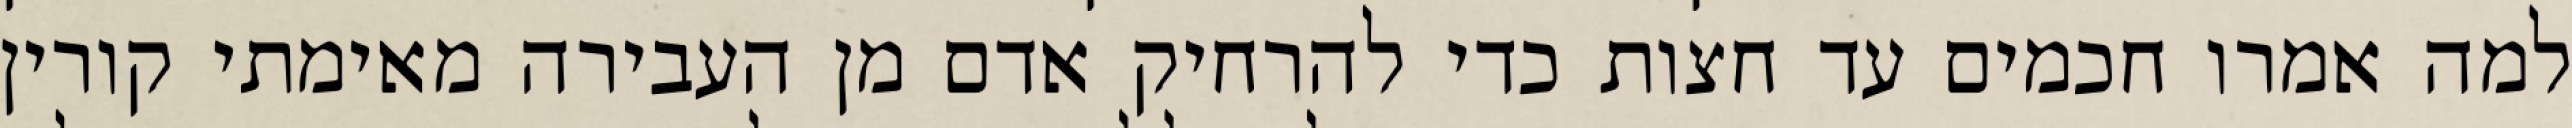
למה אמרו חכמים עד חצות כדי להרחיק אדם מן העבירה מאימתי קורין